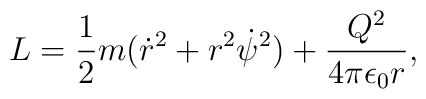
L={1\over 2}m({\dot r}^2+r^2{\dot{\psi}}^2)+{{Q^2}\over{4\pi\epsilon_0r}},